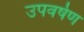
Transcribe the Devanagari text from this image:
उपवर्षेण